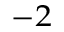
^ { - 2 }